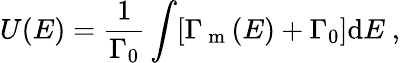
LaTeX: U(E)=\frac{1}{\Gamma_{0}}\int[\Gamma_{\mathrm{~m~}}(E)+\Gamma_{0}]\mathrm{d}E\mathrm{~,~}